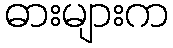
ဓားများက